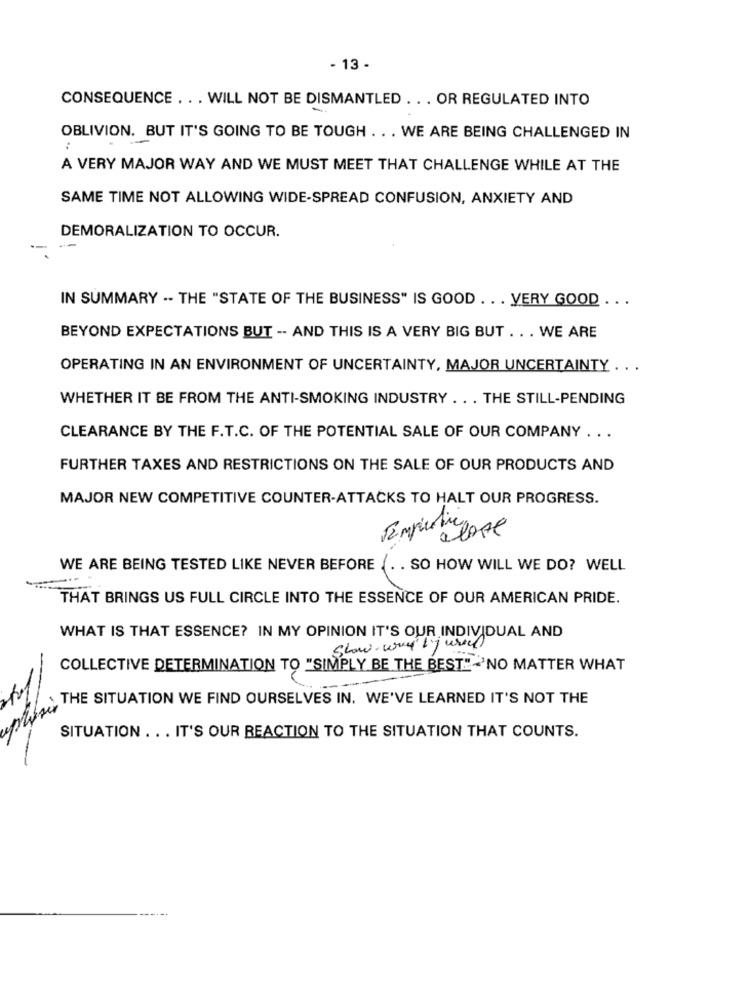
- 13 -
CONSEQUENCE . . . WILL NOT BE DISMANTLED ... OR REGULATED INTO
OBLIVION. BUT IT'S GOING TO BE TOUGH ... WE ARE BEING CHALLENGED IN
A VERY MAJOR WAY AND WE MUST MEET THAT CHALLENGE WHILE AT THE
SAME TIME NOT ALLOWING WIDE-SPREAD CONFUSION, ANXIETY AND
DEMORALIZATION TO OCCUR.
IN SUMMARY -- THE "STATE OF THE BUSINESS" IS GOOD . . . VERY GOOD ...
BEYOND EXPECTATIONS BUT -- AND THIS IS A VERY BIG BUT ... WE ARE
OPERATING IN AN ENVIRONMENT OF UNCERTAINTY, MAJOR UNCERTAINTY ...
WHETHER IT BE FROM THE ANTI-SMOKING INDUSTRY . . . THE STILL-PENDING
CLEARANCE BY THE F.T.C. OF THE POTENTIAL SALE OF OUR COMPANY . . .
FURTHER TAXES AND RESTRICTIONS ON THE SALE OF OUR PRODUCTS AND
MAJOR NEW COMPETITIVE COUNTER-ATTACKS TO HALT OUR PROGRESS.
WE ARE BEING TESTED LIKE NEVER BEFORE ... SO HOW WILL WE DO? WELL
THAT BRINGS US FULL CIRCLE INTO THE ESSENCE OF OUR AMERICAN PRIDE.
WHAT IS THAT ESSENCE? IN MY OPINION IT'S OUR INDIVIDUAL AND
slow-way jura
COLLECTIVE DETERMINATION TO "SIMPLY BE THE BEST"NO MATTER WHAT
THE SITUATION WE FIND OURSELVES IN. WE'VE LEARNED IT'S NOT THE
SITUATION ... IT'S OUR REACTION TO THE SITUATION THAT COUNTS.